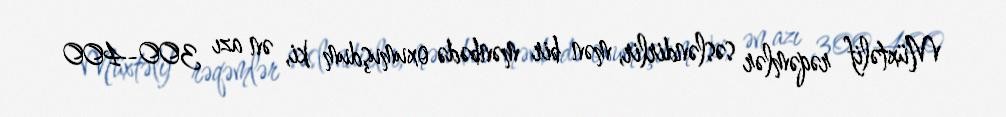
Müxtəlif rəqəmlər səsləndirlir, mən bir mənbədə oxumuşdum ki, ən azı 300-400